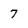
Character: 7